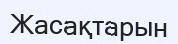
Жасақтарын